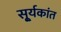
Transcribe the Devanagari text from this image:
सू्र्यकांत